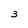
Character: 3